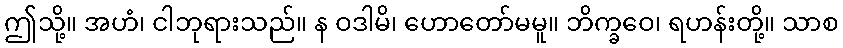
ဤသို့။ အဟံ၊ ငါဘုရားသည်။ န ဝဒါမိ၊ ဟောတော်မမူ။ ဘိက္ခဝေ၊ ရဟန်းတို့။ သာစ